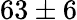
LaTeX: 63\pm 6